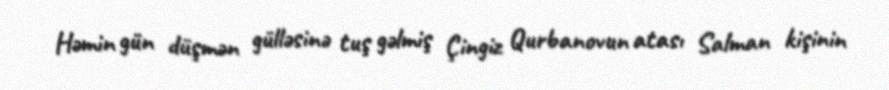
Həmin gün düşmən gülləsinə tuş gəlmiş Çingiz Qurbanovun atası Salman kişinin